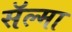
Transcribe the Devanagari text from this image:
सॅल्मा